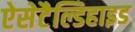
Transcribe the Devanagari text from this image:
ऐसेटैल्डिहाइड